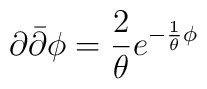
\partial{\bar \partial}\phi=\frac{2}{\theta}e^{-\frac{1}{\theta}\phi}